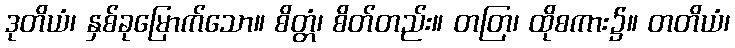
ဒုတိယံ၊ နှစ်ခုမြောက်သော။ စိတ္တံ၊ စိတ်တည်း။ တတြ၊ ထိုစကား၌။ တတိယံ၊